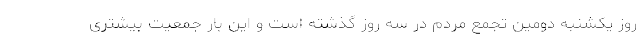
روز یکشنبه دومین تجمع مردم در سه روز گذشته است و این بار جمعیت بیشتری